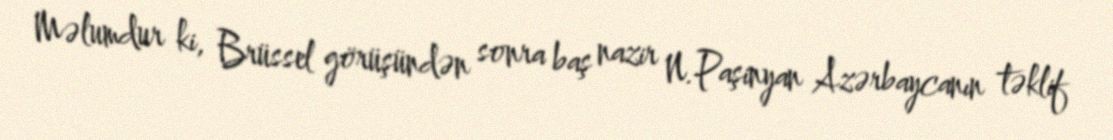
Məlumdur ki, Brüssel görüşündən sonra baş nazir N.Paşinyan Azərbaycanın təklif